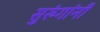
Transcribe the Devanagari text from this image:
सुरुंगांनी